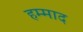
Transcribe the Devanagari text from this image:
हम्माद